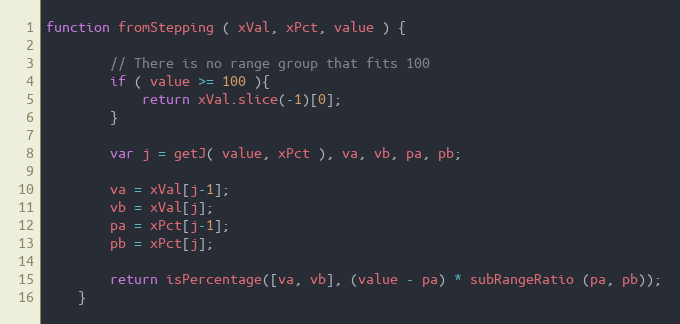
Language: JavaScript
function fromStepping ( xVal, xPct, value ) {

        // There is no range group that fits 100
        if ( value >= 100 ){
            return xVal.slice(-1)[0];
        }

        var j = getJ( value, xPct ), va, vb, pa, pb;

        va = xVal[j-1];
        vb = xVal[j];
        pa = xPct[j-1];
        pb = xPct[j];

        return isPercentage([va, vb], (value - pa) * subRangeRatio (pa, pb));
    }